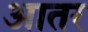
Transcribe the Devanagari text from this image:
आतर